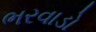
ભરવાડો